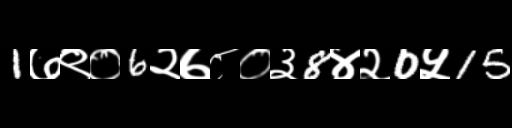
Text: 1७९०6२७८०३8४२0५15